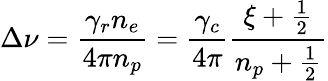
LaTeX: \Delta\nu=\frac{\gamma_{r}n_{e}}{4\pi n_{p}}=\frac{\gamma_{c}}{4\pi}\frac{\xi+\frac{1}{2}}{n_{p}+\frac{1}{2}}